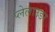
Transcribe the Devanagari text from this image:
प्लेलाउडर